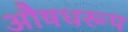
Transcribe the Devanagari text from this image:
औषधरूप